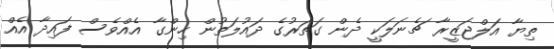
ތިޔާ އަލްޖަޒީރާ ޗެނަލަކީ ދެން ގަތަރުގެ ދައުލަތުން ހިންގާ އެއްވެސް ފައިދާ އެއް